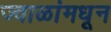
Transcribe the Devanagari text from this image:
ज्वाळांमधून